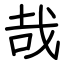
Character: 哉